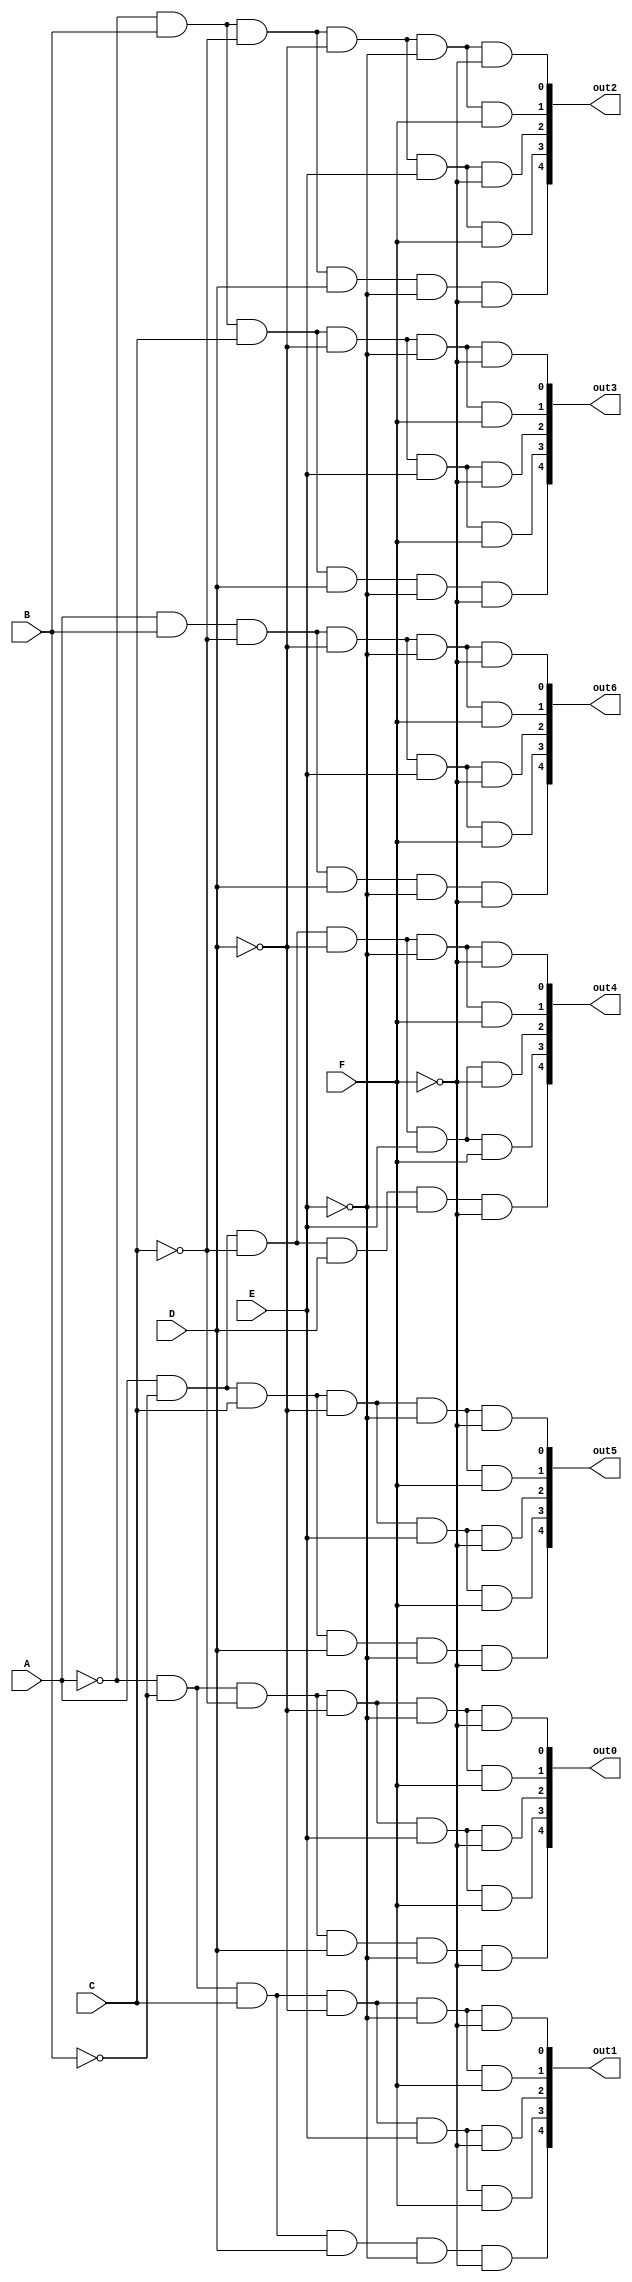
module decod_cordenadas(A, B, C, D, E, F, out0, out1, out2, out3, out4, out5, out6);
	input A, B, C, D, E, F;
	output [4:0] out0, out1, out2, out3, out4, out5, out6;
	
	wire A_not, B_not, C_not, D_not, E_not, F_not;
	
	not (A_not, A);
	not (B_not, B);
	not (C_not, C);
	not (D_not, D);
	not (E_not, E);
	not (F_not, F);
	
	//LINHA 1 DA MATRIZ
	and And0 (out0[0], A_not, B_not, C_not, D_not, E_not, F_not);
	and And1 (out0[1], A_not, B_not, C_not, D_not, E_not, F);
	and And2 (out0[2], A_not, B_not, C_not, D_not, E, F_not);
	and And3 (out0[3], A_not, B_not, C_not, D_not, E, F);
	and And4 (out0[4], A_not, B_not, C_not, D, E_not, F_not);
	
	//LINHA 2 DA MATRIZ
	and And5 (out1[0], A_not, B_not, C, D_not, E_not, F_not);
	and And6 (out1[1], A_not, B_not, C, D_not, E_not, F);
	and And7 (out1[2], A_not, B_not, C, D_not, E, F_not);
	and And8 (out1[3], A_not, B_not, C, D_not, E, F);
	and And9 (out1[4], A_not, B_not, C, D, E_not, F_not);
	
	//LINHA 3 DA MATRIZ
	and And10 (out2[0], A_not, B, C_not, D_not, E_not, F_not);
	and And11 (out2[1], A_not, B, C_not, D_not, E_not, F);
	and And12 (out2[2], A_not, B, C_not, D_not, E, F_not);
	and And13 (out2[3], A_not, B, C_not, D_not, E, F);
	and And14 (out2[4], A_not, B, C_not, D, E_not, F_not);
	
	//LINHA 4 DA MATRIZ
	and And15 (out3[0], A_not, B, C, D_not, E_not, F_not);
	and And16 (out3[1], A_not, B, C, D_not, E_not, F);
	and And17 (out3[2], A_not, B, C, D_not, E, F_not);
	and And18 (out3[3], A_not, B, C, D_not, E, F);
	and And19 (out3[4], A_not, B, C, D, E_not, F_not);
	
	//LINHA 5 DA MATRIZ
	and And20 (out4[0], A, B_not, C_not, D_not, E_not, F_not);
	and And21 (out4[1], A, B_not, C_not, D_not, E_not, F);
	and And22 (out4[2], A, B_not, C_not, D_not, E, F_not);
	and And23 (out4[3], A, B_not, C_not, D_not, E, F);
	and And24 (out4[4], A, B_not, C_not, D, E_not, F_not);
	
	//LINHA 6 DA MATRIZ
	and And25 (out5[0], A, B_not, C, D_not, E_not, F_not);
	and And26 (out5[1], A, B_not, C, D_not, E_not, F);
	and And27 (out5[2], A, B_not, C, D_not, E, F_not);
	and And28 (out5[3], A, B_not, C, D_not, E, F);
	and And29 (out5[4], A, B_not, C, D, E_not, F_not);
	
	//LINHA 7 DA MATRIZ
	and And30 (out6[0], A, B, C_not, D_not, E_not, F_not);
	and And31 (out6[1], A, B, C_not, D_not, E_not, F);
	and And32 (out6[2], A, B, C_not, D_not, E, F_not);
	and And33 (out6[3], A, B, C_not, D_not, E, F);
	and And34 (out6[4], A, B, C_not, D, E_not, F_not);
	

endmodule